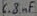
Text: 6.8µF